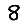
Digit: 8